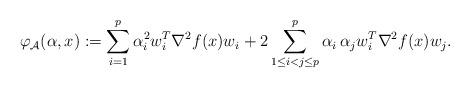
LaTeX: \begin{align*}\varphi_{\cal A}(\alpha,x):=\displaystyle \sum_{i=1}^p \alpha_i^2 w_i^T \nabla^2 f(x) w_i + 2\sum_{1\le i<j\le p }^p \alpha_i \,\alpha_j w_i^T \nabla^2 f(x) w_j. \end{align*}